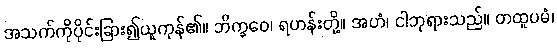
အသက်ကိုပိုင်းခြား၍ယူကုန်၏။ ဘိက္ခဝေ၊ ရဟန်းတို့။ အဟံ၊ ငါဘုရားသည်။ တထူပမံ၊